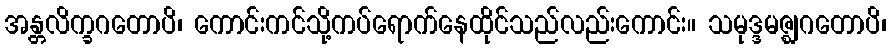
အန္တလိက္ခဂတောပိ၊ ကောင်းကင်သို့ကပ်ရောက်နေထိုင်သည်လည်းကောင်း။ သမုဒ္ဒမဇ္ဈဂတောပိ၊